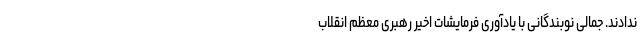
ندادند. جمالی نوبندگانی با یادآوری فرمایشات اخیر رهبری معظم انقلاب